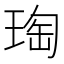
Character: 𭹟